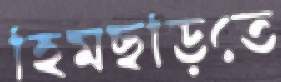
হিমছড়িতে